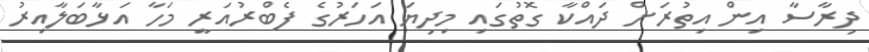
ދިރާސާ އިން އިތުރަށް ދައްކާ ގޮތުގައި މިދިޔަ އަހަރުގެ ފެބްރުއަރީ މަހާ އަޅާބަލާއިރު